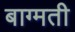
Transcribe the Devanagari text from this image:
बाग्मती